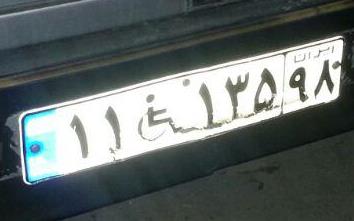
۱۱+۱۳۵۹۸